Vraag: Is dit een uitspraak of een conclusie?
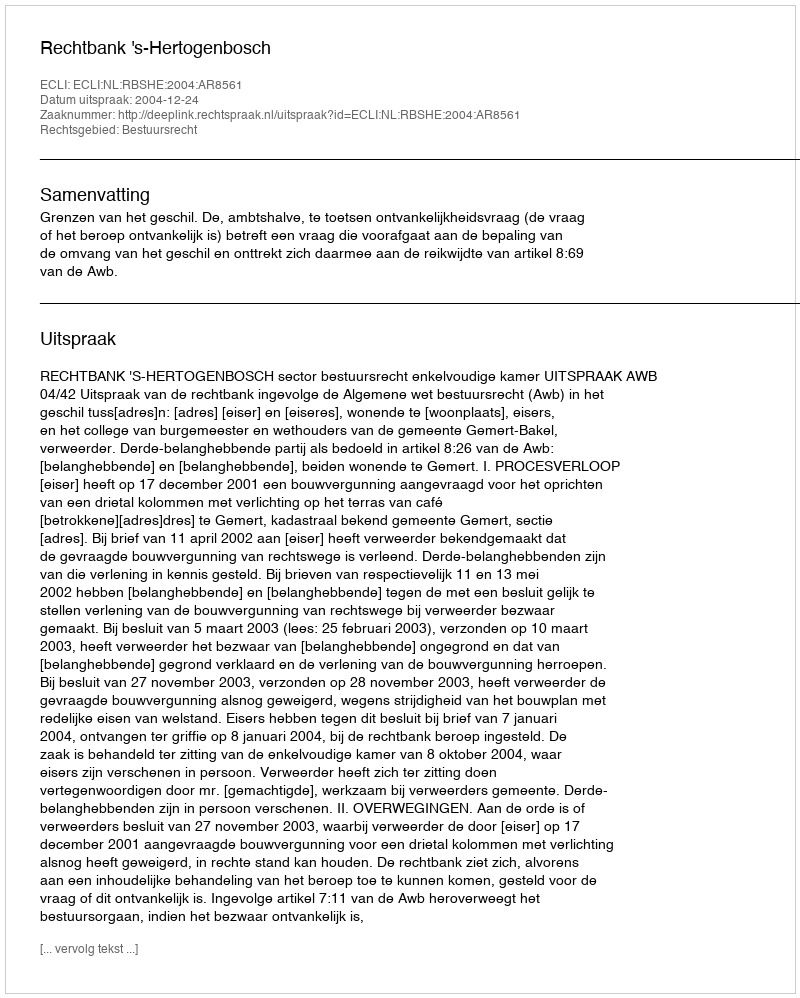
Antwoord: Uitspraak